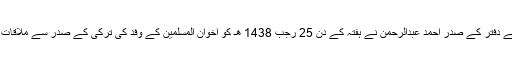
اخوان المسلمین کے دفتر کے صدر احمد عبدالرحمن نے ہفتہ کے دن 25 رجب 1438 هـ کو اخوان المسلمین کے وفد کی ترکی کے صدر سے ملاقات کی خبر دی ہے۔